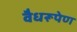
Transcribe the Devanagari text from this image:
वैधरूपेण